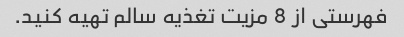
فهرستی از 8 مزیت تغذیه سالم تهیه کنید.